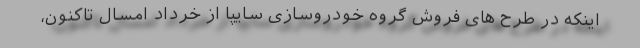
اینکه در طرح های فروش گروه خودروسازی سایپا از خرداد امسال تاکنون،